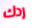
ردك